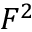
F ^ { 2 }